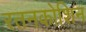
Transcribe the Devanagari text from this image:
रतनकोशिन